Bréfritari: Jakobína Jónsdóttir
Viðtakandi: Sólveig Jónsdóttir
Dagsetning: A-1856-01-12
Skrifað á: Hólmum  S-Múl.
systir bréfviðtakanda

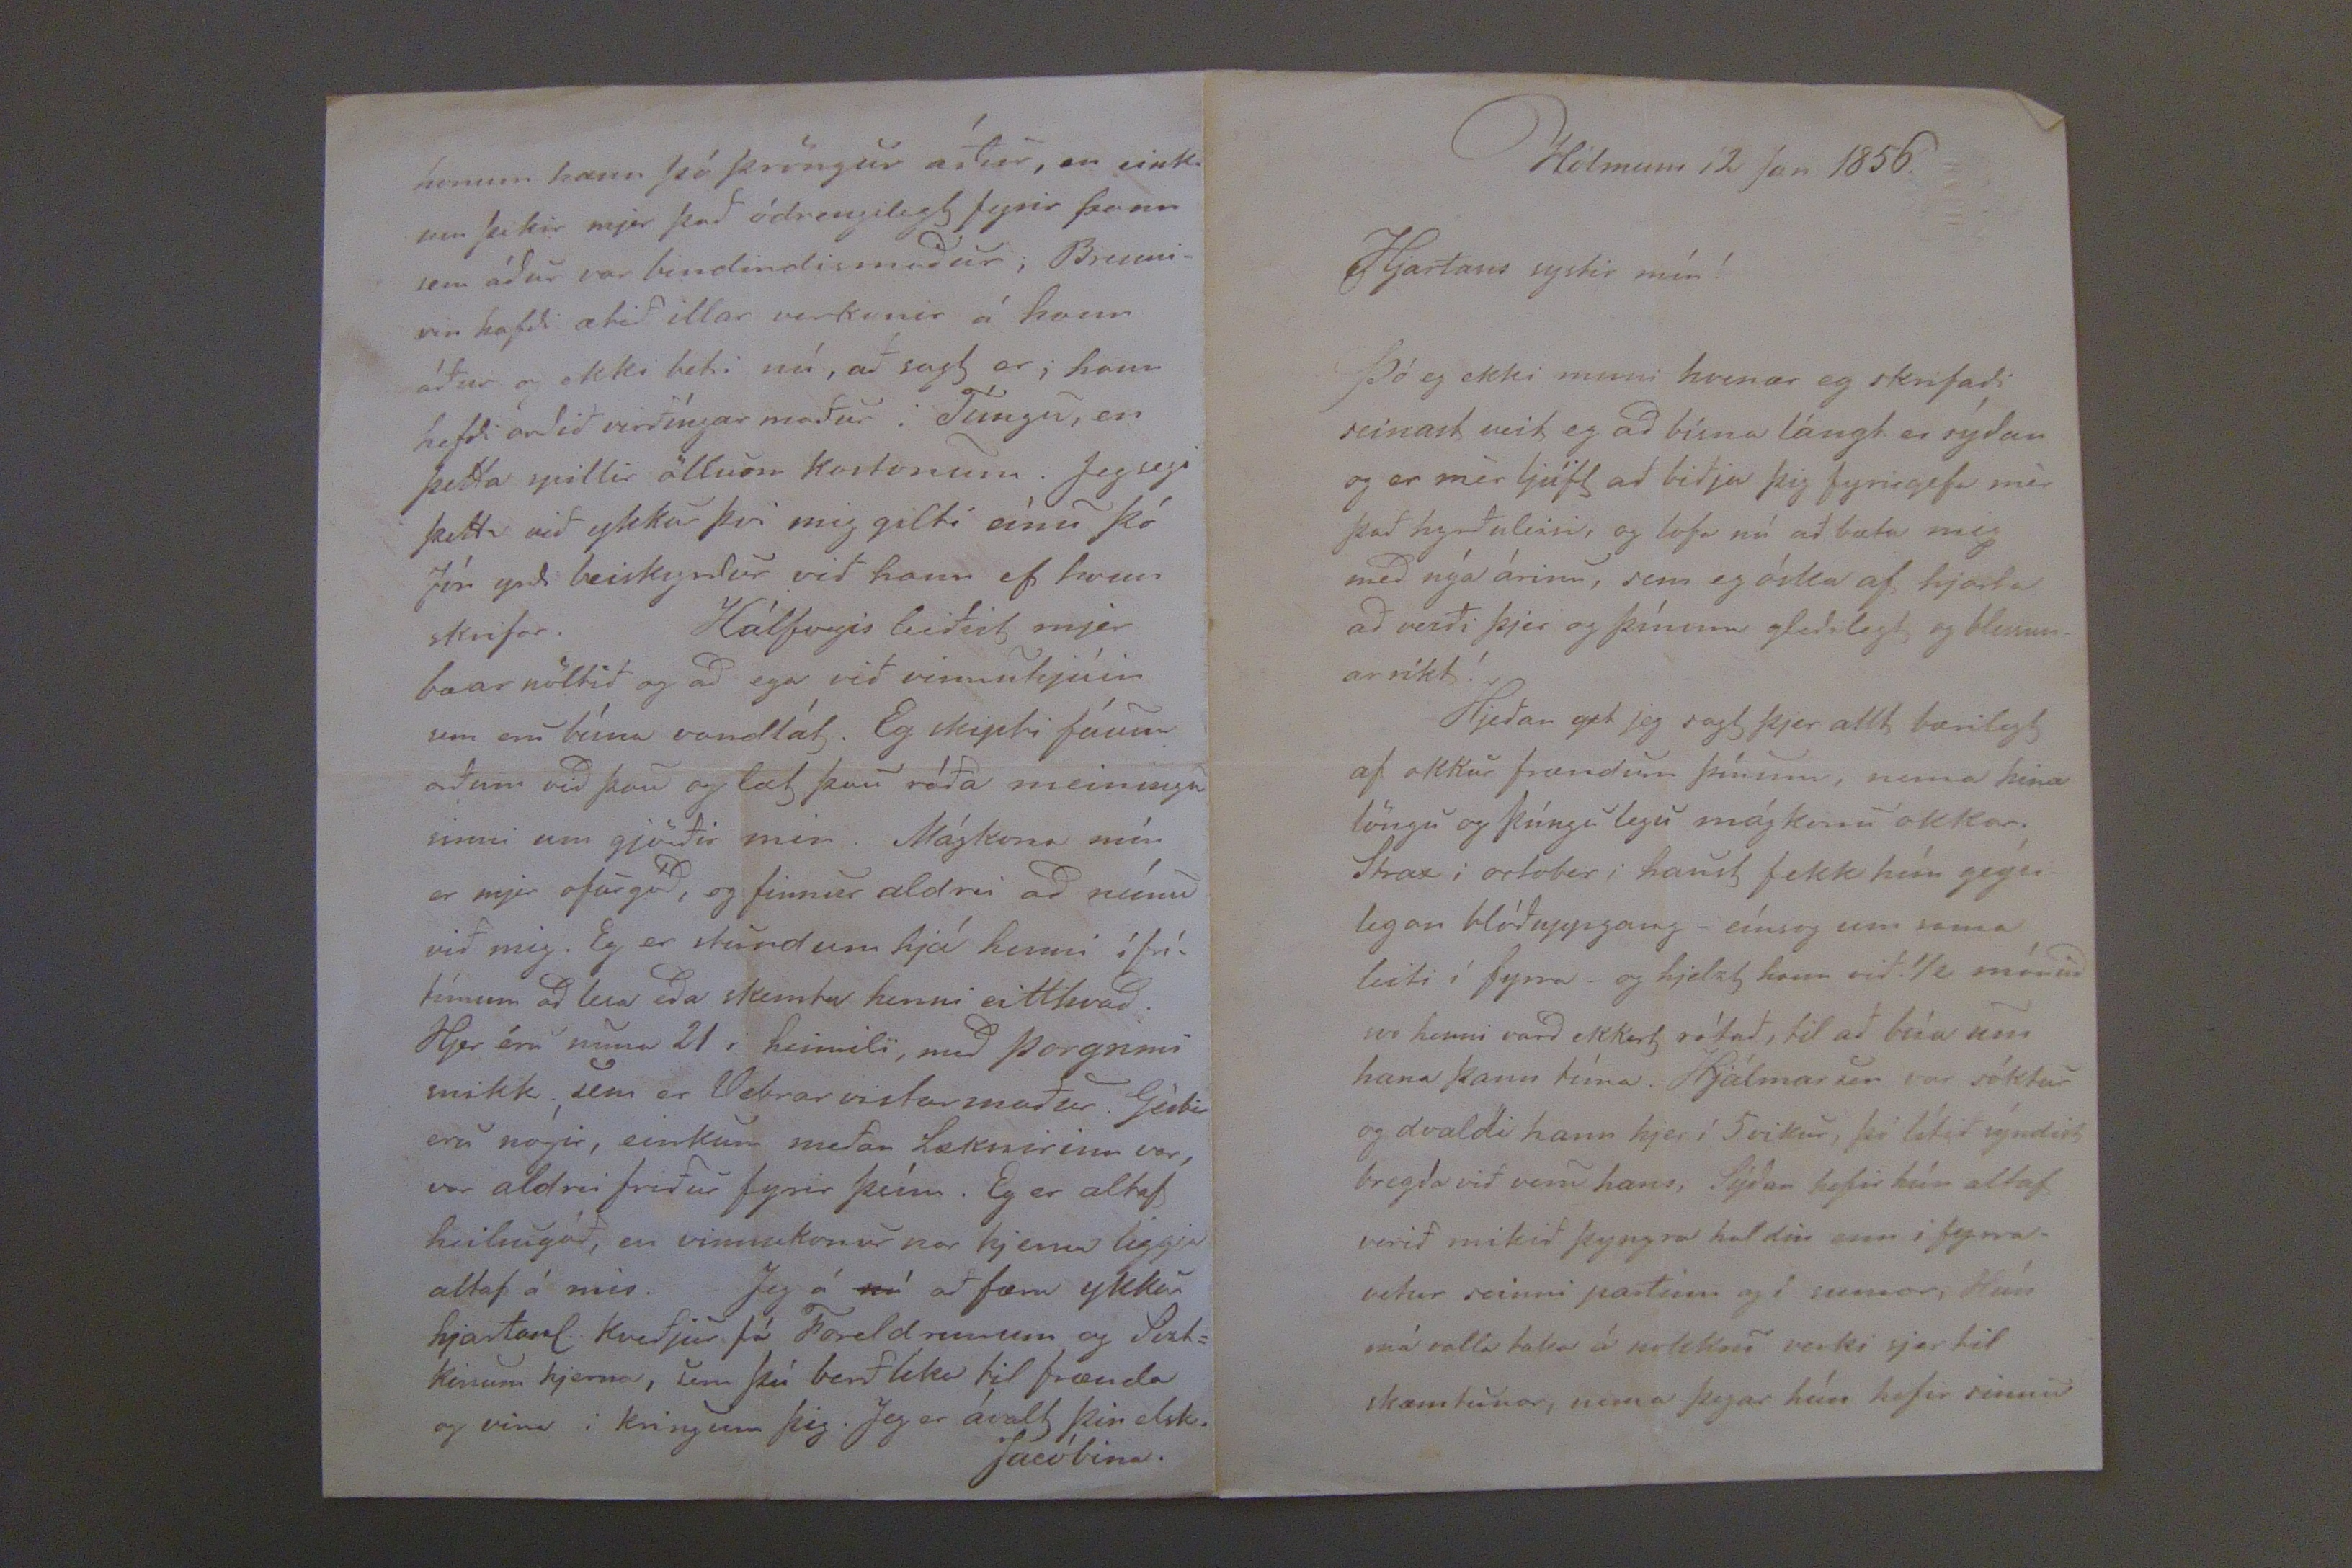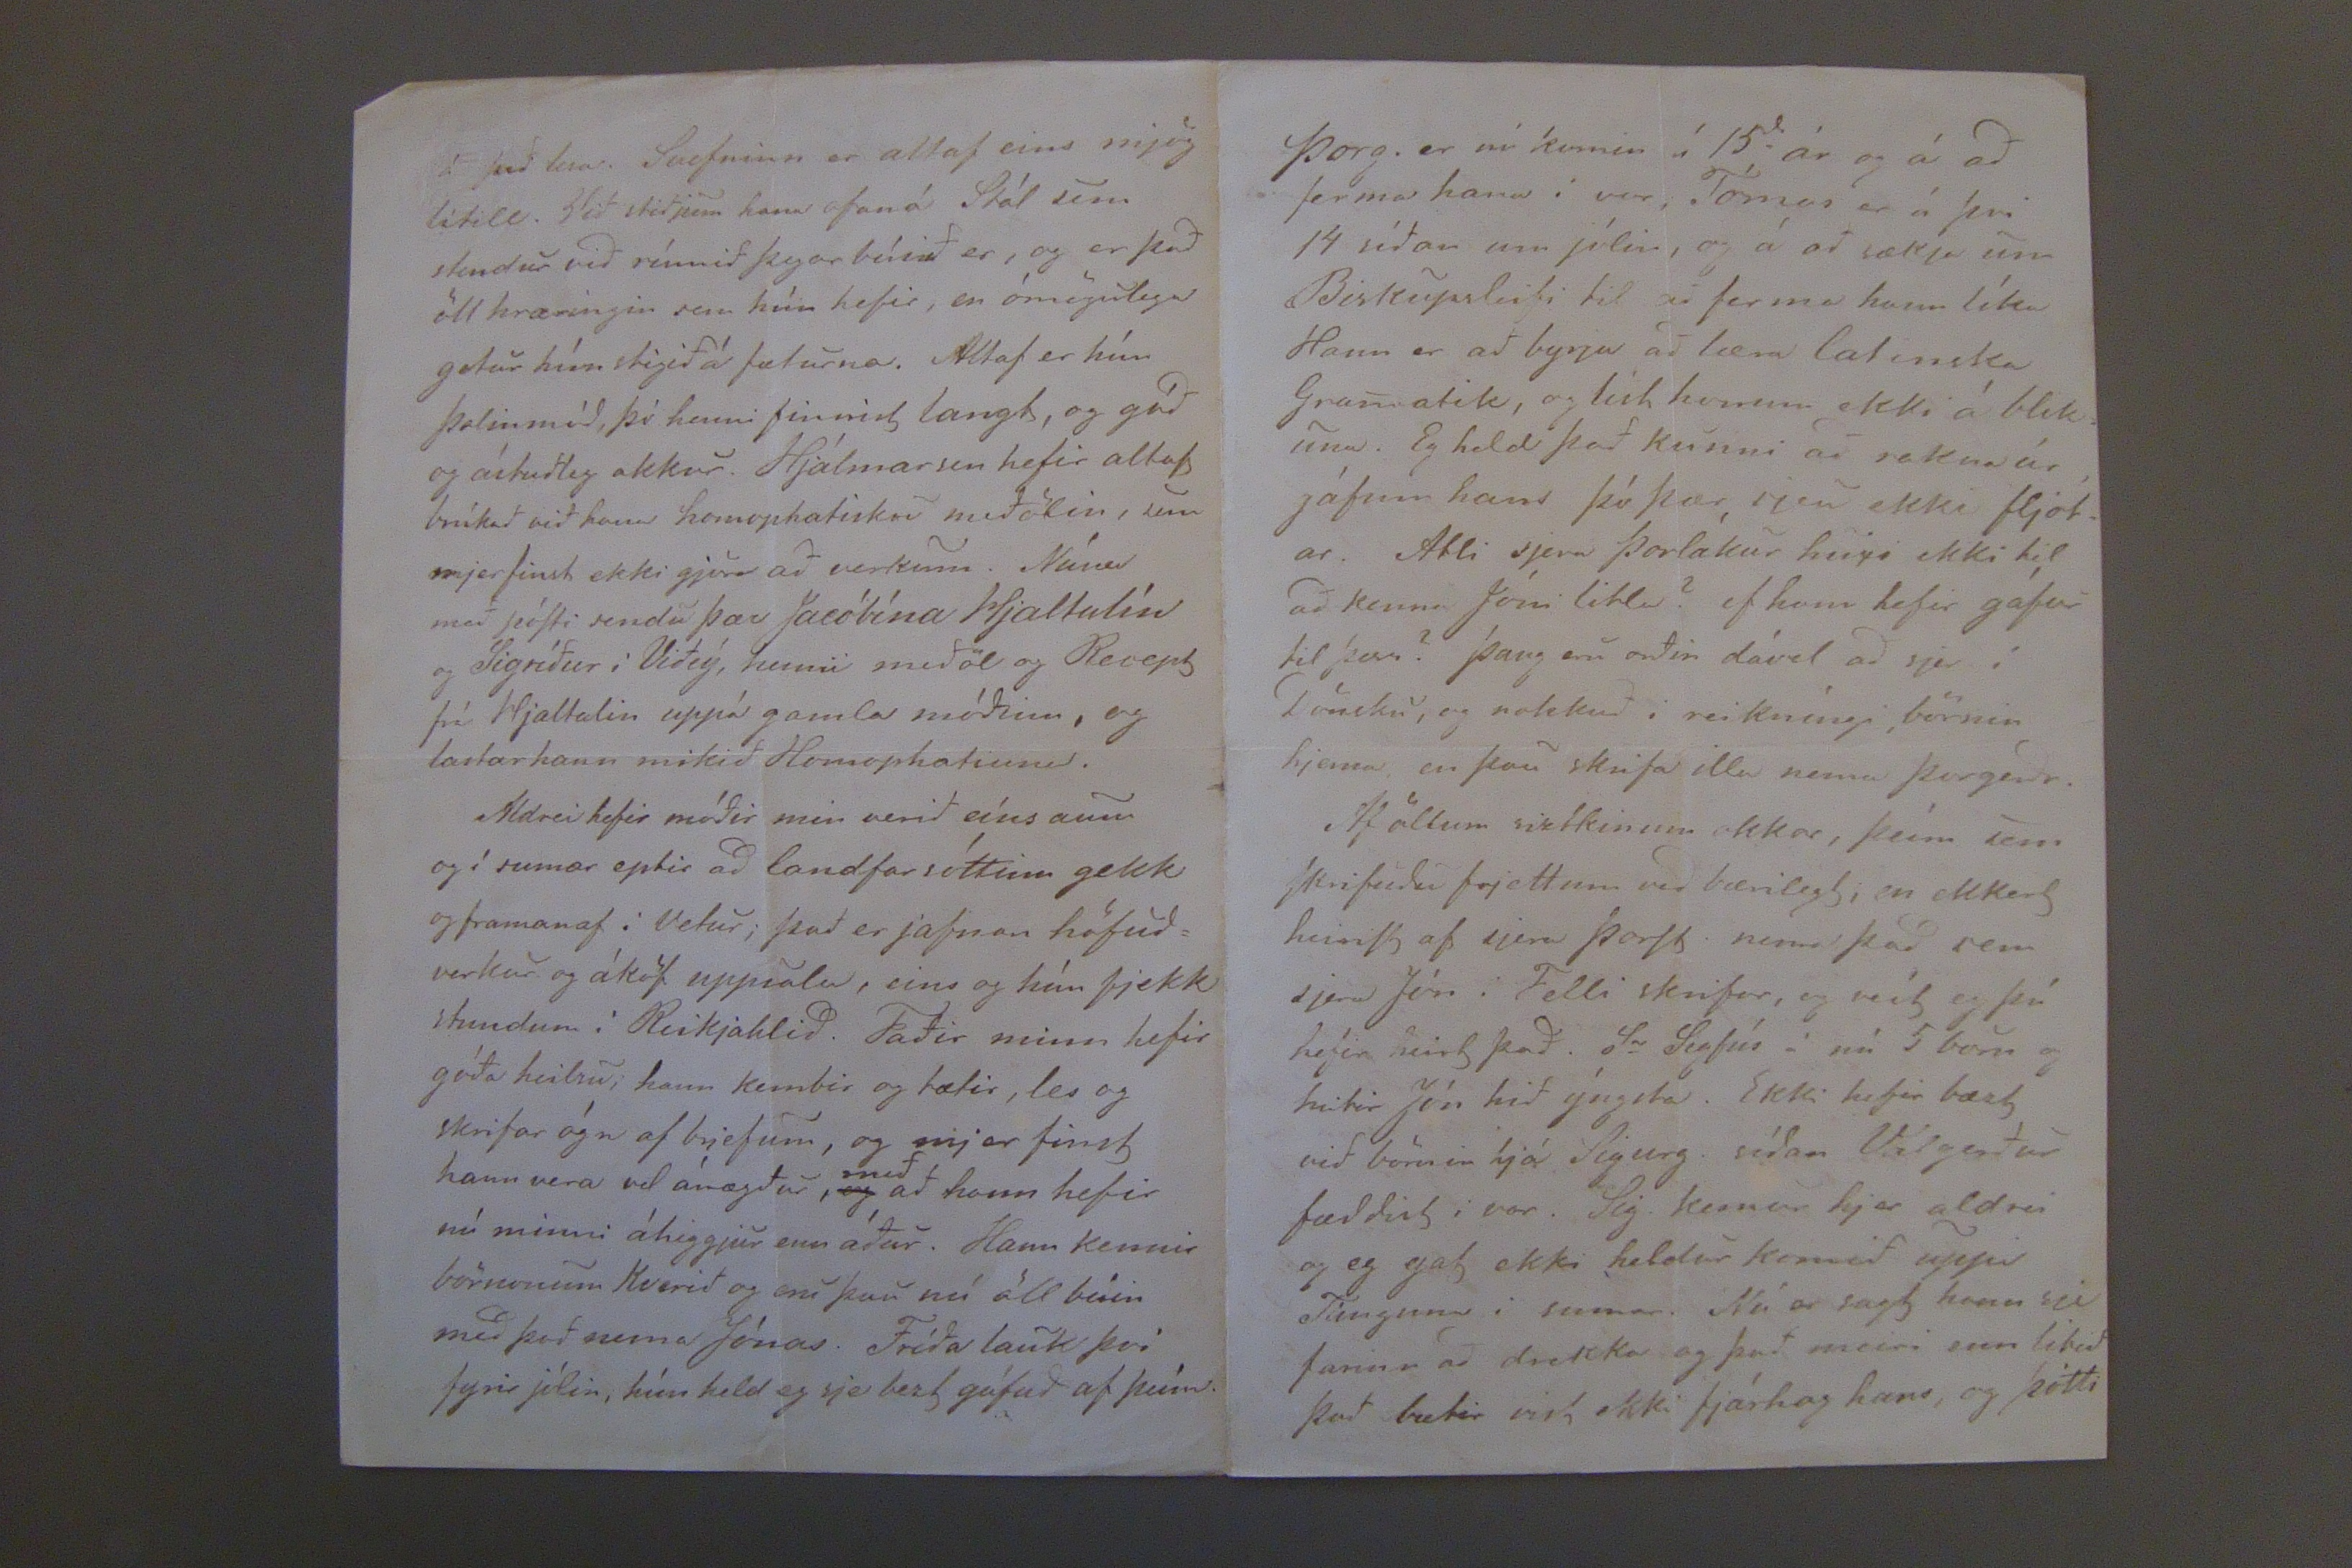

Hólmum 12 Jan 1856.
Hjartans systir mín!
Þó eg ekki muni hvenær eg skrifaði seinast veit eg að bísna lángt er sýðan og er mér ljúft að biðja þig fyrirgefa mér það hyrðuleisi, og lofa nú að bæta mig með nýa árinu, sem eg óska af hjarta að verði þjer og þínum gleðilegt og blessunar ríkt!
Hjeðan get jeg sagt þjer allt bærilegt af okkur frændum þínum, nema hina löngu og þúngulegu mágkonu okkar. Strax i october i haust fikk hún geýsilegan blóðuppgang- eínsog um sama leiti í fyrra og hjelzt hann við 1/2 mánuð svo henni varð ekkert rótað, til að búa um hana þann tíma. Hjálmar
ur
sóktur og dvaldi hann hjer í 5 vikur, þó lítið sýndist bregða við veru hans. Sýðan hefir hún altaf verið mikið þyngra haldin enn i fyrravetur seinni partinn og í sumar. Hún má valla taka á nokkru verki sjer til skæmtunar, nema þegar hún hefir sinnu
á það lesa. Svefninn er alltaf eins mjög lítill. Við stiðjum hana ofan á Stál um stendur við rúmið þegar búið er, og er það öll hræringin sem hún hefir, en ómögulega getur hún stigið á fæturna. Altaf er hún þolinmóð, þó henni finnist langt, og góð og ástuðleg okkur. Hjálmar sem hefir altaf brúkað við hana
homophatisku
meðölin, sem mjer finst ekki gjöra að verkum. Núna með póSti sendu þær Jacóbína Hjaltalín og Sigríður í Viðeý, henni meðöl og Recept frá Hjaltalin uppá gamla móðinn, og lastar hann mikið
Homophatinni
.
Aldrei hefir móðir min verið eíns aum og í sumar eptir að landfarsóttinn gekk og framanaf i Vetur; það er jafnan höfuðverkur og áköf uppsalu, eins og hún fjekk stundum i Reikjahlið. Faðir minn hefir góða heilsu; hann kembir og tætir, les og skrifar ógn af brjefum, og mjer finst hann vera vel ánægður,
og
með að hann hefir nú minni áhyggjur enn áður. Hann kennir börnunum Kverið og eru þau nú öll búin með það nema Jónas. Fríða lauk því fyrir jólin, hún held eg sje bezt gáfuð af þeím.
honum hann þó þröngur áður, en eiknum þikir mjer það ódreginlegt fyrir þann sem áður var bindindismaður; Brennirin hafði ætið illar verkanir á hann áður og ekki betri nú, að sagt er; hann hefði orðið virðíngar maður i Túngu, en þetta spillir öllum Kostonum. Jeg segi þettaq við ykkur þvi mig gilti eínu þó Jón yrði beiskyntur við hann ef hvern skrifar. Hálfvegis leiðist mjer bæarröltið og að ega við vinnuhjúin sem eru bísna vandlát. Eg skipti fáum orðum við þau og læt þau ráða meiningu sinni um gjörðir mir. Mágkona mín er mjer ofurgóð, og finnur aldrei að neínu við mig. Eg er stundum hjá henni í frítímum að lesa eða skemta henni eitthvað. Hjer éru nuna 21 i heimili með Þorgrimi snikk sem er Vetrarvistarmaður. Géstir eru nógir, einkum meðan læknirinn vor, var aldrei friður fyrir þeím. Eg er altaf heilsugóð, en vinnukonurnar hjerna liggja altaf á mis. Jeg á
nú
að færa ykkur hjartans kveðjur frá Foreldrunum og Sistkinum hjerna, sem þú berð lika til frænda og vina i kringum þig. Jeg er ávalt þin elsk.
Jacóbina.
Þorg. er nú komin í 15d- ár og á að ferma hana í vor, Tómas er á þvi 14 síðan um jólin, og á að sækja um Biskupsleifi til að ferma hann líka Hann er að byrja að læra latinska Gramatik, og líst honum ekki á blikuna. Eg held það kunni að
rakna
úr játum hans þó þær sjeu ekki fljótar. Atli sjera Þorlákur
heigi
ekki til að kenna Jóni litla? ef hann hefir gáfur til þess? þaug eru orðin dável að sjer í Dönsku, og nokkuð i reikníngi, börnin hjerna en þau skrifa illa nema Þorgerðr.
Af öllum sistkinum okkar, þeím sem skrifuðu frjettum við bærilegt; en ekkert heiriSt af sjera Þorst. nema það sem sjera Jón i Felli skrifar, og veít eg þú hefir heirt það.
Sr
Sigfús á nú 5 börn og heitir Jón hið ýngsta. Ekki hefir bæst við börnin hjá Sigurg. síðan Valgerður fæddist í vor. Sig. kemur hjer aldrei og eg gat ekki heldur komið uppi Túngum i sumar. Nú er sagt hann sei farinn að drekka og það meiri
sum
litið það bætir vist ekki fjárhag hans, og þótti